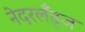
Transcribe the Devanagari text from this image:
नेदरलँड्ज